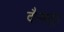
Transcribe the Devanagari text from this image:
दौर्‍यातून